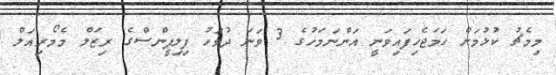
މިމެޗު ކުޅުމަށް ހަމަޖެހިފައިވަނީ އަންނަމަހުގެ 3 ވަނަ ދުވަހު ފިލިޕީންސްގެ ރިޒަލް މެމޯރިއަލް